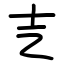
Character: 㐊